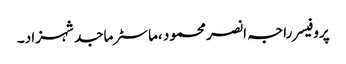
پروفیسر راجہ انصر محمود ،ماسٹر ماجد شہزاد ۔